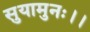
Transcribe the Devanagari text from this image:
सुयामुनः।।